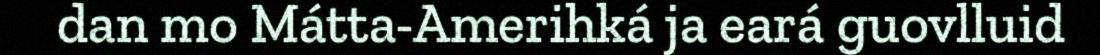
dan mo Mátta-Amerihká ja eará guovlluid